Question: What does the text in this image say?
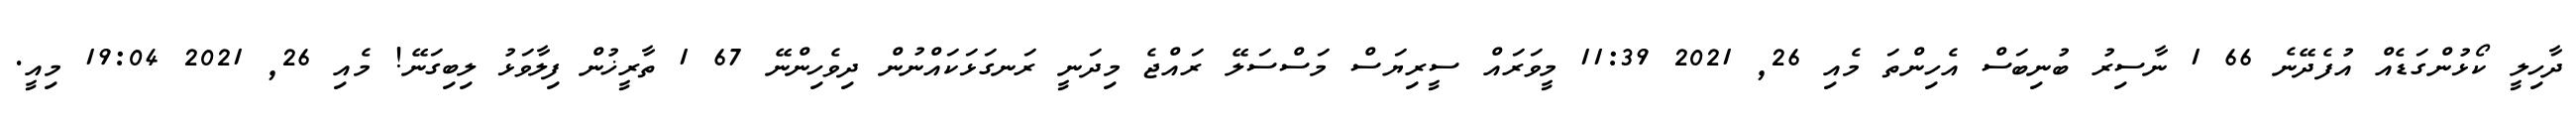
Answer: ދާހިލީ ކޯޅުންގަޑެއް އުފެދޭނެ 66 1 ނާސިރު ބުނިބަސް އެހިންތަ މެއި 26, 2021 11:39 މީވަރައް ސީރިޔަސް މަސްސަލޭ ރައްޖެ މިދަނީ ރަނގަޅަކައްނުން ދިވެހިންނޭ 67 1 ތާރީޚުން ފިލާވަޅު ލިބިގަނޭ! މެއި 26, 2021 19:04 މިއީ.